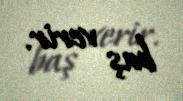
baş verir.